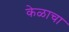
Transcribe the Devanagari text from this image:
केळाचा